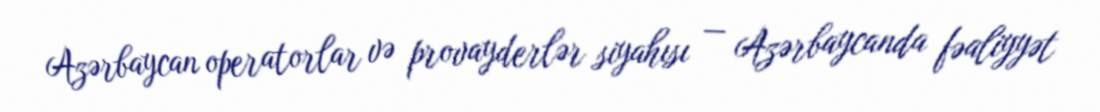
Azərbaycan operatorlar və provayderlər siyahısı — Azərbaycanda fəaliyyət